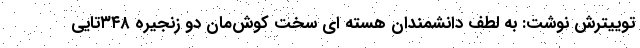
توییترش نوشت: به لطف دانشمندان هسته ای سخت کوش‌مان دو زنجیره ۳۴۸تایی